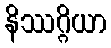
နိဿဂ္ဂိယာ